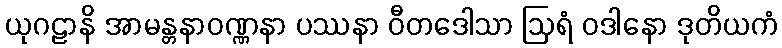
ယုဂဠာနိ အာမန္တနာဝဏ္ဏနာ ပဿနာ ဝီတဒေါသာ ဩရံ ဝဒါနော ဒုတိယကံ